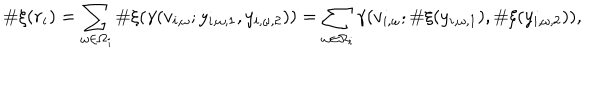
LaTeX: \# \xi ( r _ { i } ) = \sum _ { \omega \in \Omega _ { i } } \# \xi ( \gamma ( v _ { i , \omega } ; y _ { i , \omega , 1 } , y _ { i , \omega , 2 } ) ) = \sum _ { \omega \in \Omega _ { i } } \gamma ( v _ { i , \omega } ; \# \xi ( y _ { i , \omega , 1 } ) , \# \xi ( y _ { i , \omega , 2 } ) ) ,